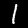
Digit: 1